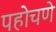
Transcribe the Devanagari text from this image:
पहोचणे